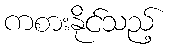
ကစားနိုင်သည့်